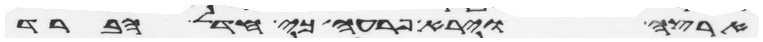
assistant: ארצה וירא פרעה כי חדל הברד